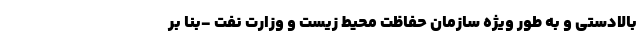
بالادستی و به طور ویژه سازمان حفاظت محیط زیست و وزارت نفت -بنا بر